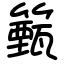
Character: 籈